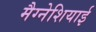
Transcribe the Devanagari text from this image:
मैग्नेशियाई